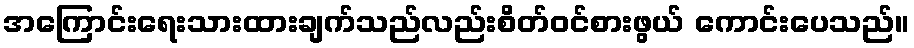
အကြောင်းရေးသားထားချက်သည်လည်းစိတ်ဝင်စားဖွယ် ကောင်းပေသည်။